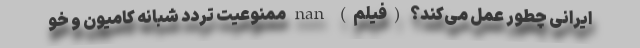
ایرانی چطور عمل می‌کند؟ (فیلم) nan ممنوعیت تردد شبانه کامیون و خو